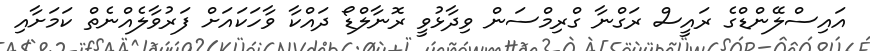
އައިސްލޭންޑްގެ ރައީސް ރަގްނާ ގްރިމްސަން ވިދާޅުވީ ރޮނާލްޑޯ ދައްކާ ވާހަކައަށް ފަރުވާލެއްނެތް ކަމަށާއި